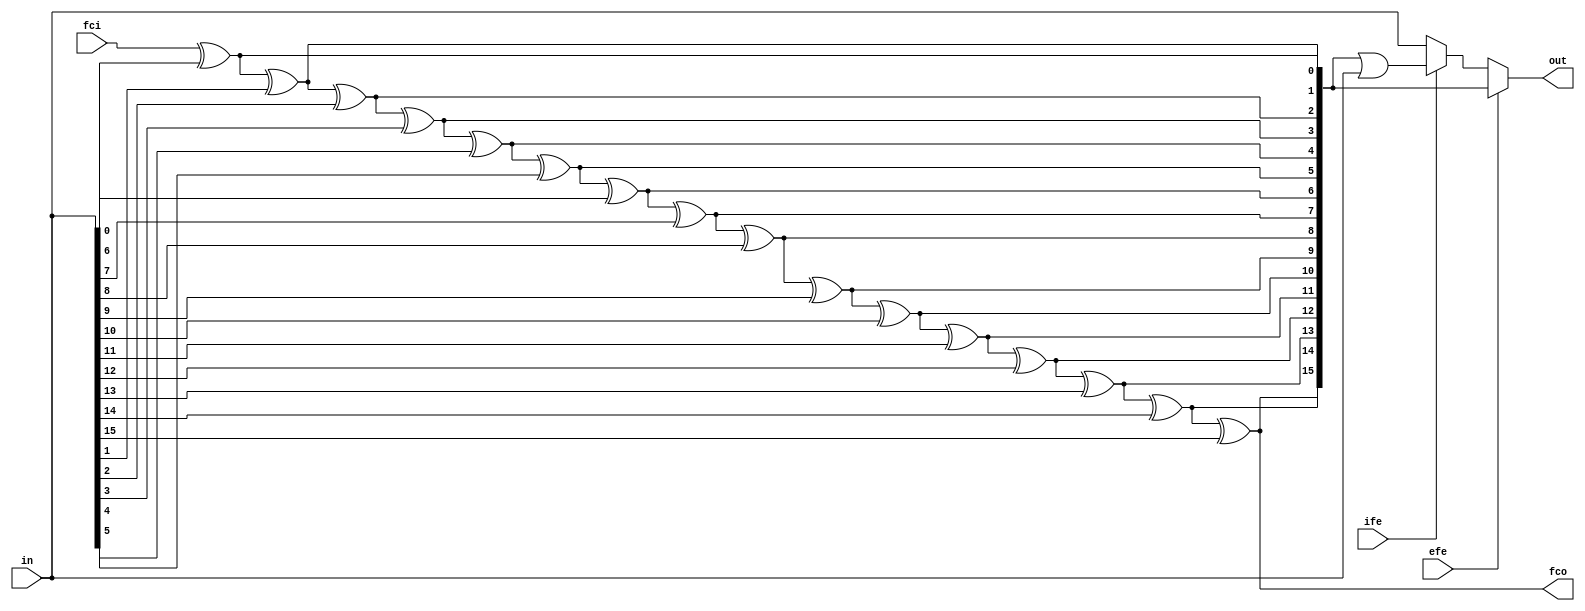
module bltfill
(
	input	ife,					
	input	efe,					
	input	fci,					
	output	fco,					
	input	[15:0]in,				
	output	reg [15:0]out			
);
reg		[15:0]carry;
integer j;
always @(fci or in[0])
	carry[0] = fci ^ in[0];		
always @(in or carry)
	for (j=1;j<=15;j=j+1)
		carry[j] = carry[j-1] ^ in[j];
assign fco = carry[15];
always @(ife or efe or carry or in)
	if (efe)
		out[15:0] = carry[15:0];
	else if (ife)
		out[15:0] = carry[15:0] | in[15:0];
	else
		out[15:0] = in[15:0];
endmodule